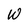
Character: W